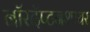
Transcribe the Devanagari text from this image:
नॉरदॅप्टनशायर